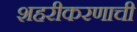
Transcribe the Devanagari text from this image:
शहरीकरणाची